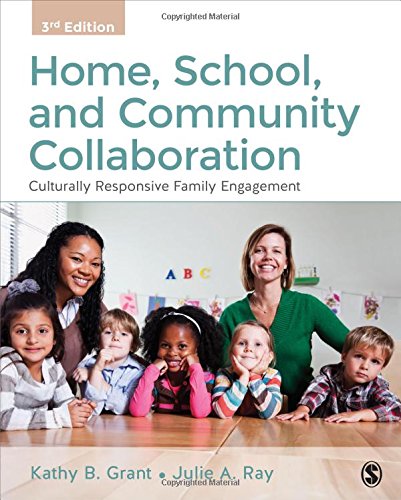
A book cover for Home, School, and Community Collaboration: Culturally Responsive Family Engagement; Kathy Beth Grant; Education & Teaching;